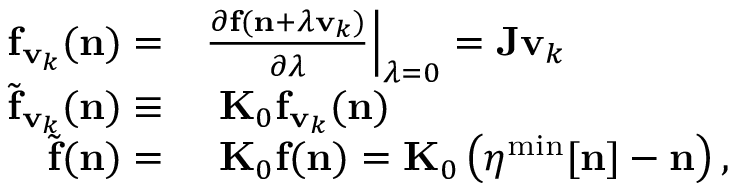
\begin{array} { r l } { { \bf f } _ { { \bf v } _ { k } } ( { \bf n } ) = } & { \frac { \partial { \bf f } ( { \bf n } + \lambda { \bf v } _ { k } ) } { \partial \lambda } \Big \vert _ { \lambda = 0 } = { \bf J } { \bf v } _ { k } } \\ { { \widetilde { \bf f } } _ { { \bf v } _ { k } } ( { \bf n } ) \equiv } & { ~ { \bf K } _ { 0 } { \bf f } _ { { \bf v } _ { k } } ( { \bf n } ) } \\ { { \widetilde { \bf f } } { \bf ( n ) } = } & { ~ { \bf K } _ { 0 } { \bf f ( n ) } = { \bf K } _ { 0 } \left( { \boldsymbol \eta } ^ { \mathrm { m i n } } [ { \bf n } ] - { \bf n } \right) , } \end{array}